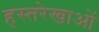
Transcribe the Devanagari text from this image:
हस्तरेखाओं